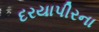
દરયાપીરના